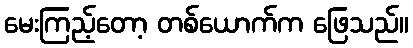
မေးကြည့်တော့ တစ်ယောက်က ဖြေသည်။